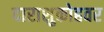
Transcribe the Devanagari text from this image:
दाराशुकोहवर